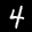
Label: 4